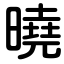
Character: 曉